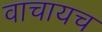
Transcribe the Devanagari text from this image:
वाचायच